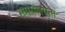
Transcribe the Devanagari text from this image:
समयलगता